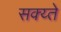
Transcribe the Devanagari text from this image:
सक्य्ते